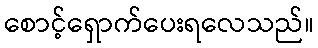
စောင့်ရှောက်ပေးရလေသည်။